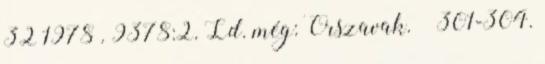
32 1978 . 9378:2. Ld. még: Őrszavak. – 301-304.